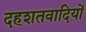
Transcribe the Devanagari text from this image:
दहशतवादियों